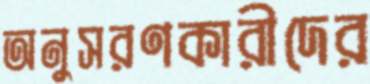
অনুসরণকারীদের